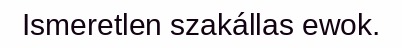
Ismeretlen szakállas ewok.